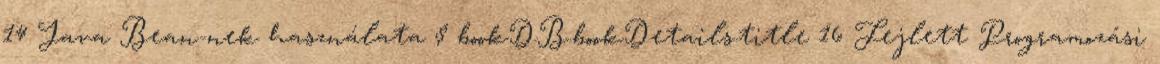
14 Java Bean-nek használata $ bookDB.bookDetails.title 16 Fejlett Programozási